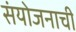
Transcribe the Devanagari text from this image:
संयोजनाची